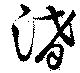
淆